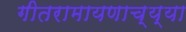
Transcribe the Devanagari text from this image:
गीतरामायणाच्य्या